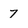
Character: 7